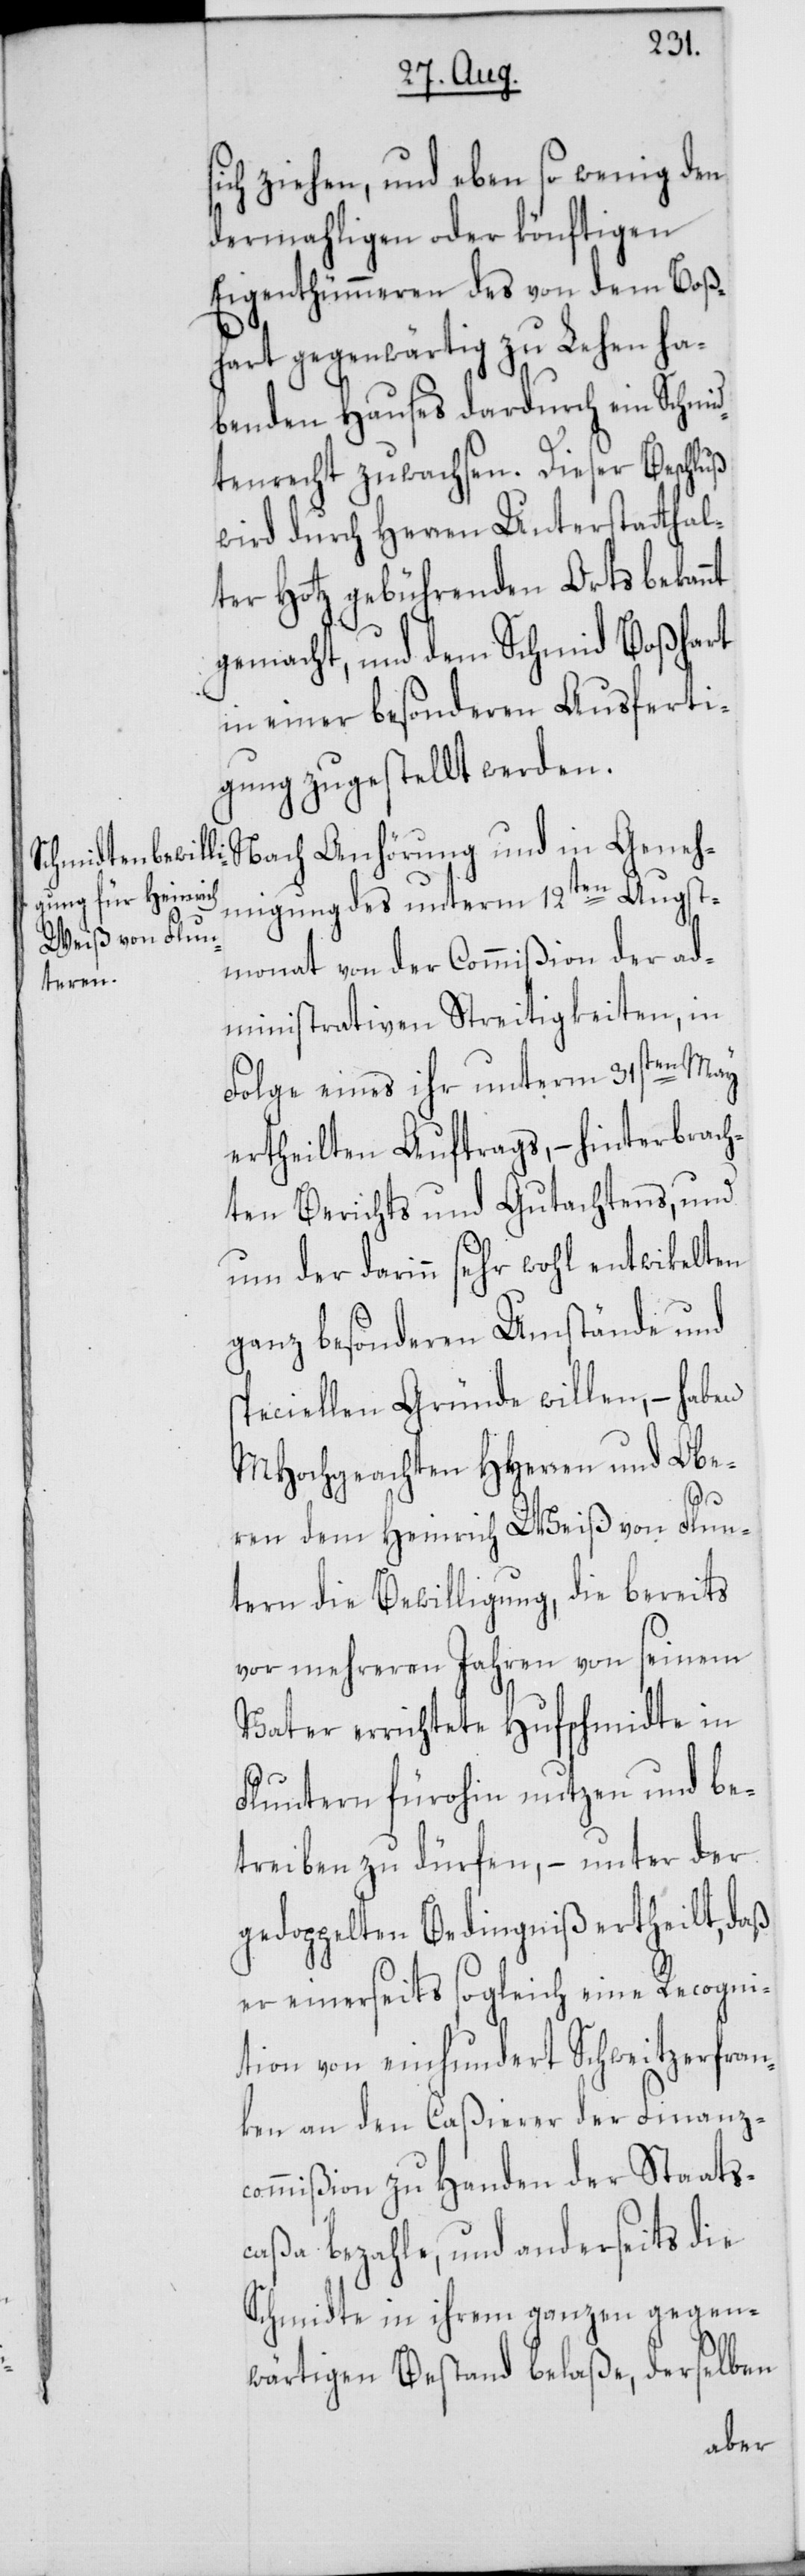
sich ziehen, und eben so wenig den
dermahligen oder könftigen
Eigenthümmeren des von dem Boß¬
hart gegenwärtig zu Lehen ha¬
benden Hauses dardurch ein Schmid¬
tenrecht zuwachsen. Dieser Beschluß
wird durch Herren Unterstatthal¬
ter Hotz gebührenden Orts bekannt
gemacht, und dem Schmid Boßhart
in einer besonderen Ausferti¬
gung zugestellt werden.
migung des unterm 12ten Augst¬
monat von der Commißion der ad¬
Geneh¬
ministrativen Streitigkeiten, in
Folge eines ihr unterm 31sten May
ertheilten Auftrags, – hinterbrach¬
ten Berichts und Gutachtens, und
um der darinn sehr wohl entwikelten
ganz besonderen Umstände und
speciellen Gründe willen, – haben
MHochgeachten HHerren und Obe¬
ren dem Heinrich Weiß von Flun¬
tern die Bewilligung, die bereits
vor mehreren Jahren von seinem
Vater errichtete Hufschmidte in
Fluntern fürohin nutzen und be¬
treiben zu dürfen, – unter der
gedoppelten Bedingniß ertheilt, daß
er einerseits sogleich eine Recogni¬
tion von einhundert Schweitzerfran¬
ken an den Caßierer der Finanz¬
commißion zu Handen der Staats¬
caßa bezahle, und anderseits die
Schmidte in ihrem ganzen gegen¬
wärtigen Bestand belaße, derselben